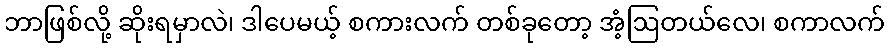
ဘာဖြစ်လို့ ဆိုးရမှာလဲ၊ ဒါပေမယ့် စကားလက် တစ်ခုတော့ အံ့ဩတယ်လေ၊ စကာလက်